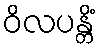
ဝိလပန္တိံ